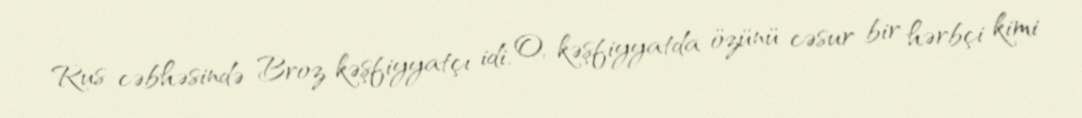
Rus cəbhəsində Broz kəşfiyyatçı idi. O, kəşfiyyatda özünü cəsur bir hərbçi kimi